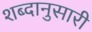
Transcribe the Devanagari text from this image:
शब्दानुसारी